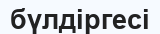
бүлдіргесі